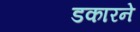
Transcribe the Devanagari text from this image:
डकारने